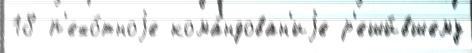
18 п'ехо́тноjе кома́ндован'иjе р'еши́вшему